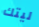
ليتك